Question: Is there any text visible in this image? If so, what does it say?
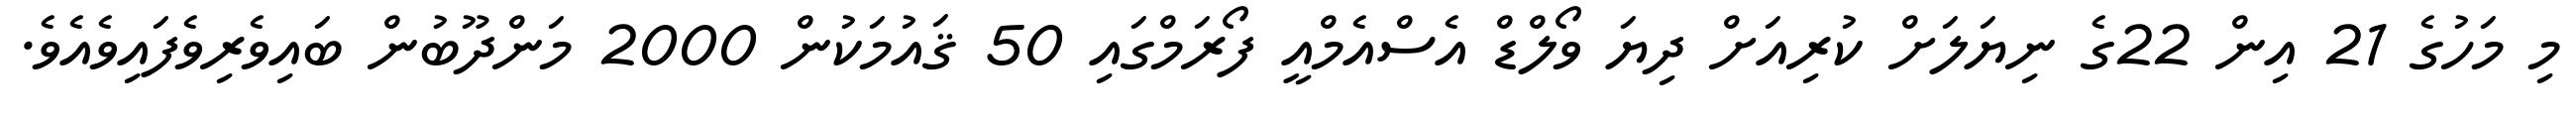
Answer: މި މަހުގެ 21 އިން 22ގެ ނިޔަލަށް ކުރިއަށް ދިޔަ ވޯލްޑް އެސްއެމްއީ ފޯރަމްގައި 50 ޤައުމަކުން 2000 މަންދޫބުން ބައިވެރިވެފައިވެއެވެ.